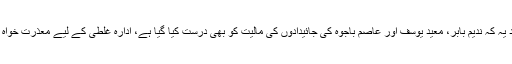
مزید یہ کہ ندیم بابر، معید یوسف اور عاصم باجوہ کی جائیدادوں کی مالیت کو بھی درست کیا گیا ہے، ادارہ غلطی کے لیے معذرت خواہ ہیں۔